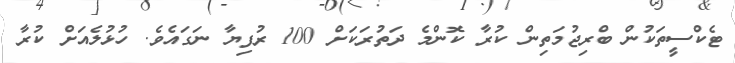
ޓެކްސީތަކުން ބްރިޖުމަތިން ކުރާ ކޮންމެ ދަތުރަކަށް 100 ރުފިޔާ ނަގައެވެ. ހުޅުލެއަށް ކުރާ